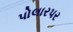
પોલારપર